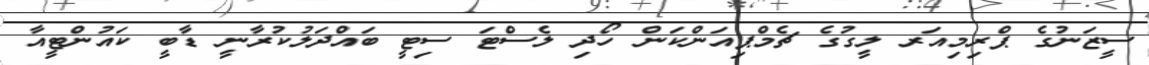
ސީޒަނުގެ ޕްރިމިއަރ ލީގުގެ ޗެމްޕިއަންކަން ހޯދި ލެސްޓަ ސިޓީ ބައްދަލުކުރާނީ ޑާބީ ކައުންޓީއާ